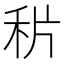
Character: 𥞄